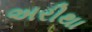
અરીથા